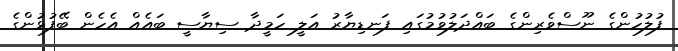
ފުލުހުންގެ ނޫސްވެރިންގެ ބައްދަލުވުމުގައި ފަނޑިޔާރު އަލީ ހަމީދާ ސިޔާސީ ބައެއް އެހެން ބޭފުޅުންގެ